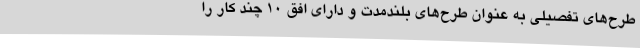
طرح‌های تفصیلی به عنوان طرح‌های بلندمدت و دارای افق 10 چند کار را